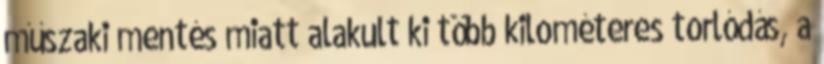
műszaki mentés miatt alakult ki több kilométeres torlódás, a